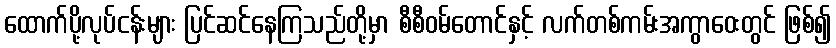
ထောက်ပို့လုပ်ငန်းများ ပြင်ဆင်နေကြသည်တို့မှာ စီစီဝမ်တောင်နှင့် လက်တစ်ကမ်းအကွာဝေးတွင် ဖြစ်၍